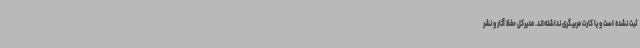
ثبت نشده است و یا کارت مربیگری نداشته‌اند. مدیرکل حفظ آثار و نشر